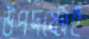
উপদষ্টোই